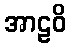
အာဠဝိ